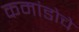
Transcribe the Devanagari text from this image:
कमांडोचे